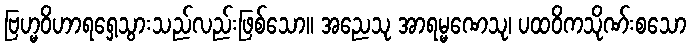
ဗြဟ္မဝိဟာရရှေ့သွားသည်လည်းဖြစ်သော။ အညေသု အာရမ္မဏေသု၊ ပထဝိကသိုဏ်းစသော